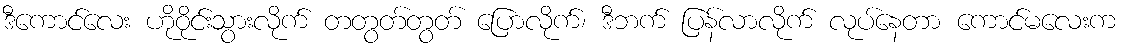
ဒီကောင်လေး ဟိုဝိုင်းသွားလိုက် တတွတ်တွတ် ပြောလိုက်၊ ဒီဘက် ပြန်လာလိုက် လုပ်နေတာ ကောင်မလေးက